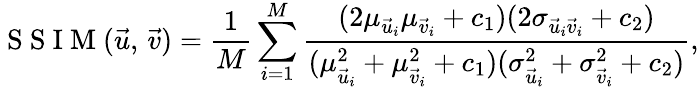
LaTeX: \mathrm{~S~S~I~M~}(\vec{u},\, \vec{v})=\frac{1}{M}\sum_{i=1}^{M}\frac{(2\mu_{\vec{u}_{i}}\mu_{\vec{v}_{i}}+c_{1})(2\sigma_{\vec{u}_{i}\vec{v}_{i}}+c_{2})}{({\mu_{\vec{u}_{i}}^{2}}+{\mu_{\vec{v}_{i}}^{2}}+c_{1})({\sigma_{\vec{u}_{i}}^{2}}+{\sigma_{\vec{v}_{i}}^{2}}+c_{2})},